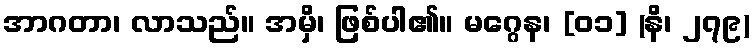
အာဂတာ၊ လာသည်။ အမှိ၊ ဖြစ်ပါ၏။ မဂ္ဂေန၊ [၀၁] (နိ၊ ၂၇၉)